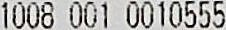
1008 001 0010555